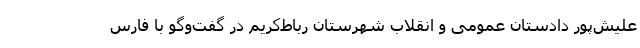
علیش‌پور دادستان عمومی و انقلاب شهرستان رباط‌کریم در گفت‌وگو با فارس